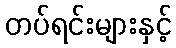
တပ်ရင်းများနှင့်